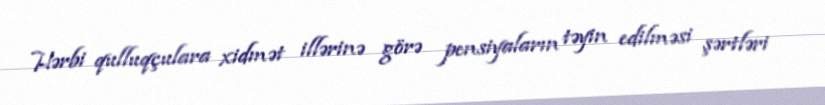
Hərbi qulluqçulara xidmət illərinə görə pensiyaların təyin edilməsi şərtləri